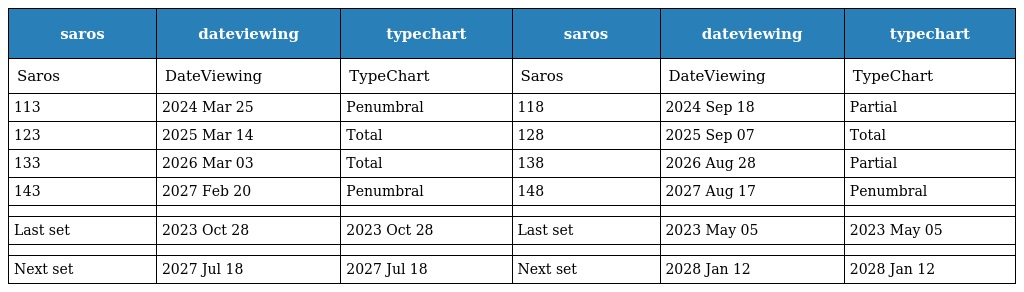
| saros | dateviewing | typechart | saros | dateviewing | typechart |
 | --- | --- | --- | --- | --- | --- |
 | Saros | DateViewing | TypeChart | Saros | DateViewing | TypeChart |
 | 113 | 2024 Mar 25 | Penumbral | 118 | 2024 Sep 18 | Partial |
 | 123 | 2025 Mar 14 | Total | 128 | 2025 Sep 07 | Total |
 | 133 | 2026 Mar 03 | Total | 138 | 2026 Aug 28 | Partial |
 | 143 | 2027 Feb 20 | Penumbral | 148 | 2027 Aug 17 | Penumbral |
 |  |  |  |  |  |  |
 | Last set | 2023 Oct 28 | 2023 Oct 28 | Last set | 2023 May 05 | 2023 May 05 |
 |  |  |  |  |  |  |
 | Next set | 2027 Jul 18 | 2027 Jul 18 | Next set | 2028 Jan 12 | 2028 Jan 12 |